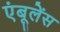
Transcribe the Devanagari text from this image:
एंबूलेंस